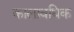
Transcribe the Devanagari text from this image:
कालावधिक